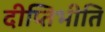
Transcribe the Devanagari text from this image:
दीप्तिभीति